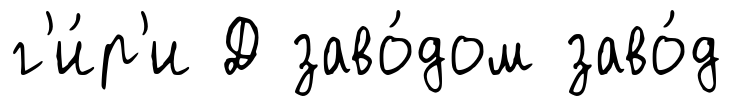
г'и́р'и Д заво́дом заво́д